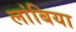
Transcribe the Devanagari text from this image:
लांबिया